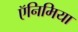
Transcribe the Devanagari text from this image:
ऍनिमिया